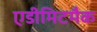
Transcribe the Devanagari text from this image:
एडीमिटमैक